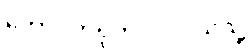
တောင်တရုတ်ပင်လယ်သို့